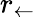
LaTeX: r_{\leftarrow}